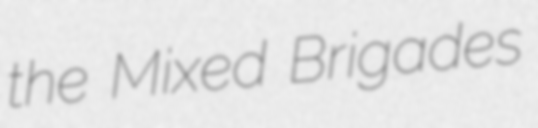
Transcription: the Mixed Brigades